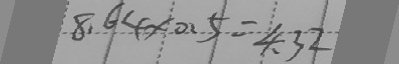
8 . 6 4 \times 0 . 5 = 4 . 3 2